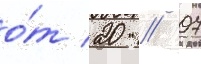
о́т 20 // 07